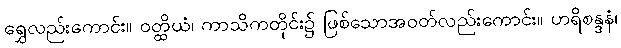
ရွှေလည်းကောင်း။ ဝတ္ထိယံ၊ ကာသိကတိုင်း၌ ဖြစ်သောအဝတ်လည်းကောင်း။ ဟရိစန္ဒနံ၊